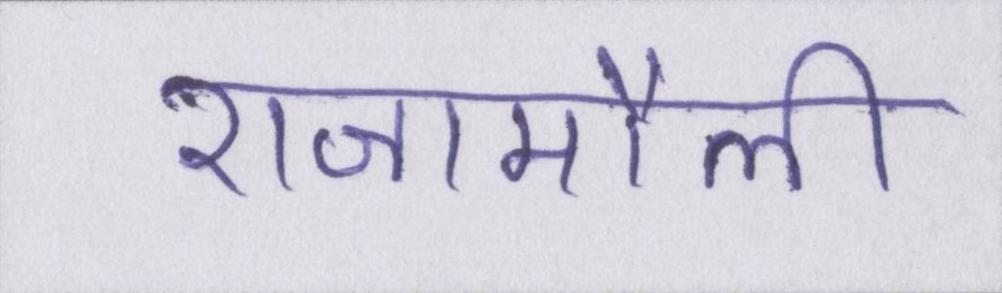
राजामौली